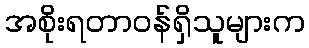
အစိုးရတာဝန်ရှိသူများက